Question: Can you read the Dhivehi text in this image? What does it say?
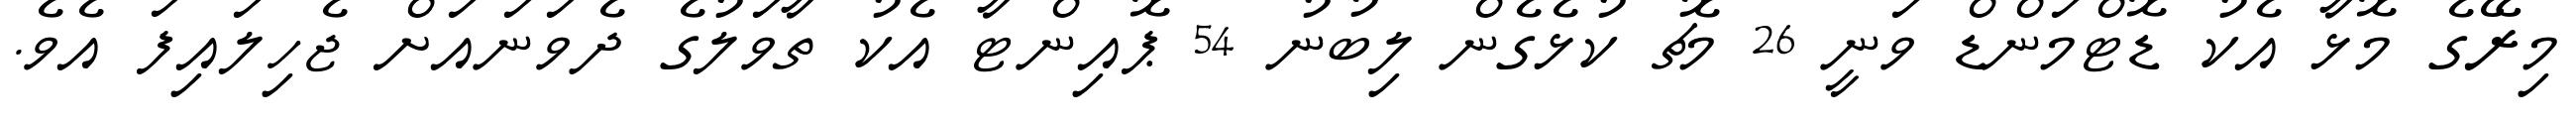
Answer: މިރޭގެ މޮޅާ އެކު ޑޮޓްމަންޑް ވަނީ 26 މެޗު ކުޅެގެން ލިބުނު 54 ޕޮއިންޓާ އެކު ތާވަލުގެ ދެވަނައަށް ޖެހިލައިފަ އެވެ.